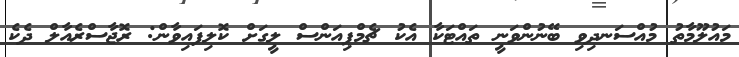
މައުލޫމާތު މުއްސަނދިވި ބޭނުންވަނީ ތައްޓަކާ އެކު ޗެމްޕިއަންސް ލީގަށް ކޮލިފައިވާން: ރޮޖާސްރެއާލް ދެކެ